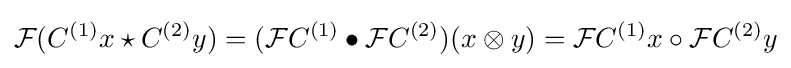
{\mathcal {F}}(C^{(1)}x\star C^{(2)}y)=({\mathcal {F}}C^{(1)}\bullet {\mathcal {F}}C^{(2)})(x\otimes y)={\mathcal {F}}C^{(1)}x\circ {\mathcal {F}}C^{(2)}y